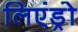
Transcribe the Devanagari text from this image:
लिएंड्रो